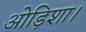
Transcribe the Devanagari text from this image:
ओड़िशा।